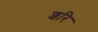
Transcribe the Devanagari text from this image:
शरि